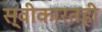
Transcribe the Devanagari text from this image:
स्वीकारतही